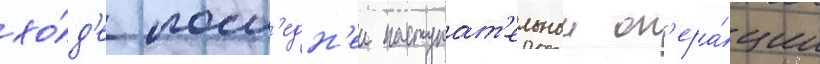
хо́д'е посл'едн'еи наступат'ельнои оп'ера́ции